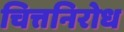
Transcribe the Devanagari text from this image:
चित्तनिरोध